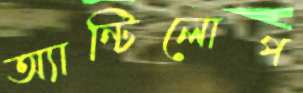
অ্যান্টিলোপ